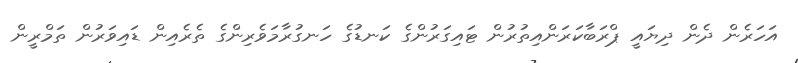
އަހަރެން ދެން ދިޔައީ ޕްރަބާކަރަންއިތުރުން ޓައިގަރުންގެ ކަނޑުގެ ހަނގުރާމަވެރިންގެ ތެރެއިން ޑައިވަރުން ތަމްރީން